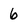
Character: 6